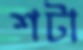
শটা